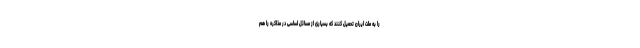
را به ملت ایران تحمیل کنند که بسیاری از مسائل اساسی در مذاکره را هم